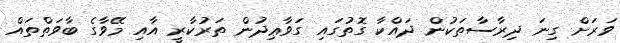
ވަރަށް ގިނަ ދިރާސާތަކުން ދައްކާ ގޮތުގައި ގަވާޢިދުން ތަރުކާރީ އާއި މޭވާގެ ބާވަތްތައް